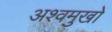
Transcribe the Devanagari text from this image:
अश्वमुखों